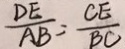
\frac { D E } { A B } = \frac { C E } { B C }